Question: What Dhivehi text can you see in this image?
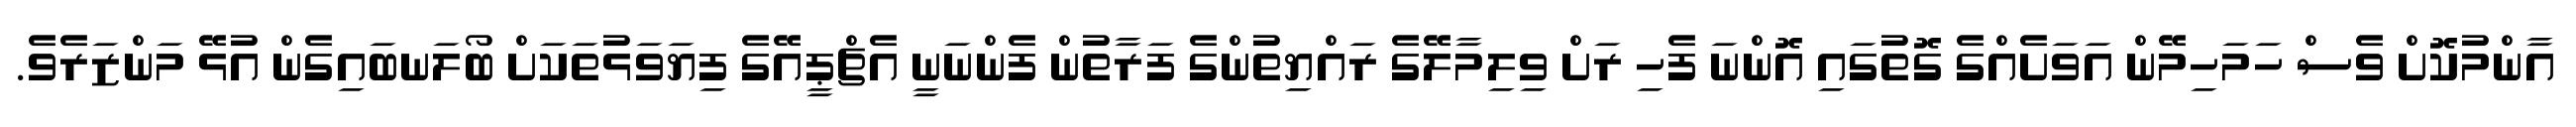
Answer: އާންމުކޮށް ވެސް ހަމަހިމޭން އަވަށެއްގެ ގޮތުގައި އޮންނަ ފެހި ރަށް ވިލިމާލޭގެ ރައްޔިތުންގެ ފަރާތުން ފެންނަނީ އެޗްޕީއޭގެ ފިޔަވަޅުތަކަށް ބޯލަނބައިގެން އުޅޭ މަންޒަރެވެ.